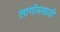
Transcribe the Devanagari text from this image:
लागोससाठी